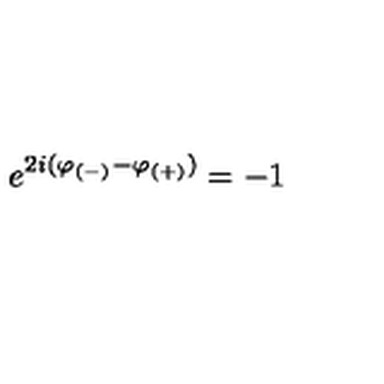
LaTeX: e ^ { 2 i ( \varphi _ { ( - ) } - \varphi _ { ( + ) } ) } = - 1